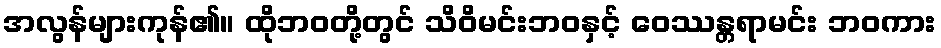
အလွန်များကုန်၏။ ထိုဘဝတို့တွင် သိဝိမင်းဘဝနှင့် ဝေဿန္တရာမင်း ဘဝကား